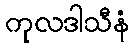
ကုလဒါသီနံ